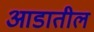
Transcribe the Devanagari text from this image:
आडातील